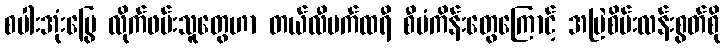
စပါးအုံးမြွေ လိုက်ဖမ်းသူတွေဟာ တယ်လီမက်ထရီ စီမံကိန်းတွေကြောင့် အမြဲစိမ်းလန်းစွတ်စို